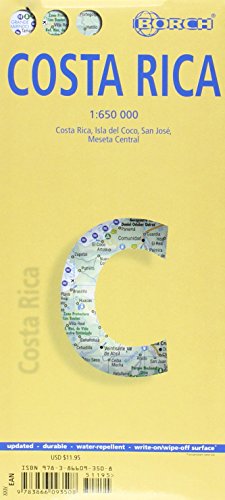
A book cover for Laminated Costa Rica Map by Borch (English Edition); Borch; Travel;